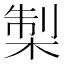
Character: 𭪨